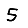
Digit: 5